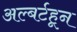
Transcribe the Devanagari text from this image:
अल्बर्टहून